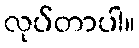
လုပ်တာပါ။